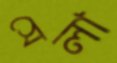
সেলা